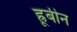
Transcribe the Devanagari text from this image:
ह्रूबीन